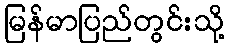
မြန်မာပြည်တွင်းသို့